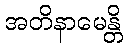
အတိနာမေန္တိ